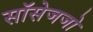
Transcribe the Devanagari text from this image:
सॉसेजजो